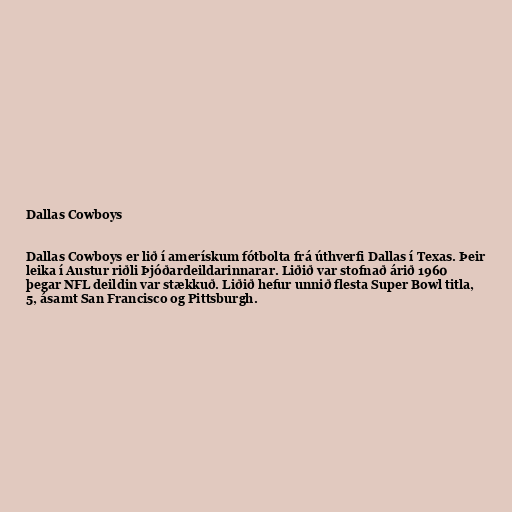
Dallas Cowboys

Dallas Cowboys er lið í amerískum fótbolta frá úthverfi Dallas í Texas. Þeir
leika í Austur riðli Þjóðardeildarinnarar. Liðið var stofnað árið 1960
þegar NFL deildin var stækkuð. Liðið hefur unnið flesta Super Bowl titla,
5, ásamt San Francisco og Pittsburgh.